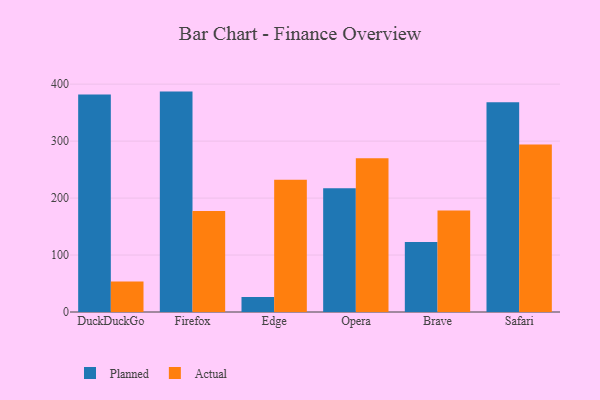
{"axis": {"x": "Browser", "y": "Satisfaction Score"}, "legend": ["Actual", "Planned"], "data": [{"x": "DuckDuckGo", "y": 381.7, "type": "Planned"}, {"x": "DuckDuckGo", "y": 53.6, "type": "Actual"}, {"x": "Firefox", "y": 386.9, "type": "Planned"}, {"x": "Firefox", "y": 177.5, "type": "Actual"}, {"x": "Edge", "y": 26.2, "type": "Planned"}, {"x": "Edge", "y": 232.0, "type": "Actual"}, {"x": "Opera", "y": 217.3, "type": "Planned"}, {"x": "Opera", "y": 269.7, "type": "Actual"}, {"x": "Brave", "y": 123.1, "type": "Planned"}, {"x": "Brave", "y": 178.1, "type": "Actual"}, {"x": "Safari", "y": 368.3, "type": "Planned"}, {"x": "Safari", "y": 294.2, "type": "Actual"}]}